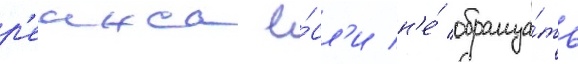
р'еинса е́сл'и н'е́ обраща́ть